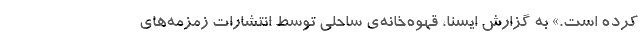
کرده است.» به گزارش ایسنا، قهوه‌خانه‌ی ساحلی توسط انتشارات زمزمه‌های